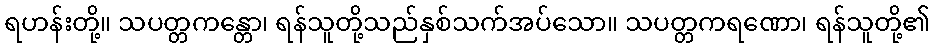
ရဟန်းတို့။ သပတ္တကန္တော၊ ရန်သူတို့သည်နှစ်သက်အပ်သော။ သပတ္တကရဏော၊ ရန်သူတို့၏